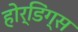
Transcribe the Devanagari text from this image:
होर्डिंग्स